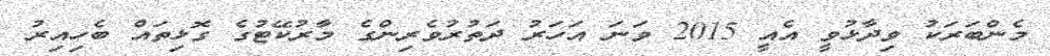
މެންބަރަކު ވިދާޅުވީ އެއީ 2015 ވަނަ އަހަރު ދަތުރުވެރިންގެ މާރުކޭޓުގެ ގޮޅިތައް ބެހިއިރު